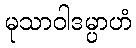
မုသာဝါဒမ္ပာဟံ